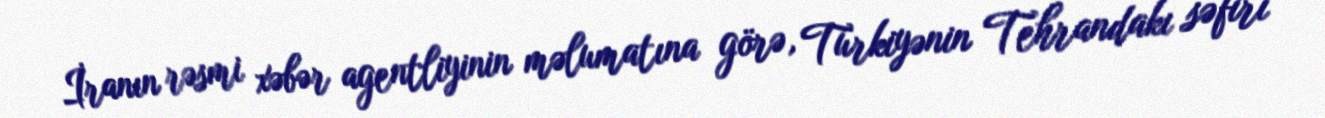
İranın rəsmi xəbər agentliyinin məlumatına görə, Türkiyənin Tehrandakı səfiri